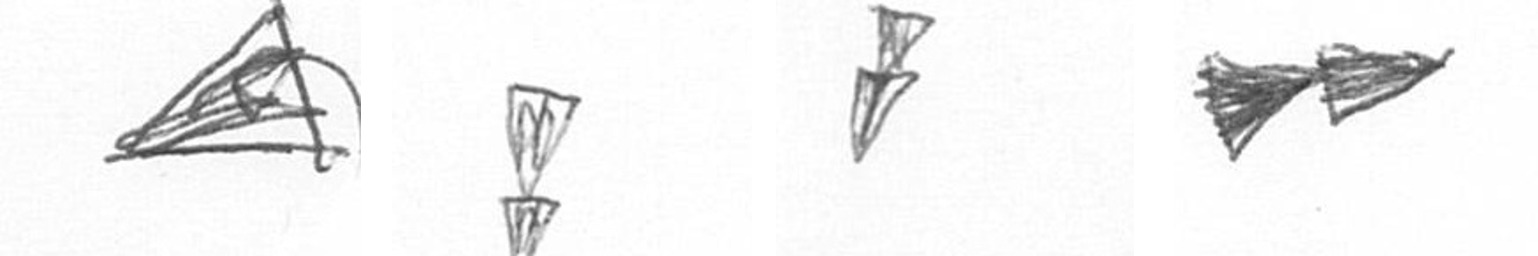
O Z Z A